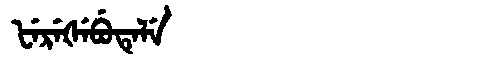
Manchu: ᡶᡝᡵᡝᡧᡝᠪᡠᡨᡝᠯᡝ
Romanization: FEREŠEBUTELE